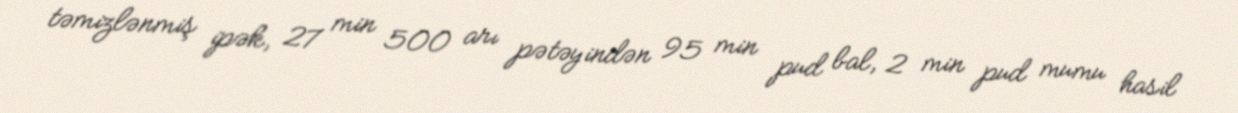
təmizlənmiş ipək, 27 min 500 arı pətəyindən 95 min pud bal, 2 min pud mumu hasil